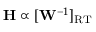
\mathbf { H } \propto [ \mathbf { W } ^ { - 1 } ] _ { \mathrm { R T } }